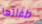
طفلتها